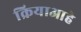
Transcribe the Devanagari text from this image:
क्रियाआहे